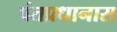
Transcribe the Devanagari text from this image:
पंतप्रधानास